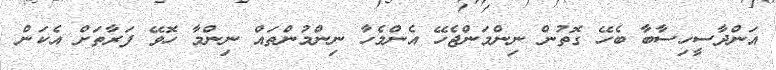
އަންދާސީހިސާބާ ބެހޭ ގޮތުން ނިންމަންޖެހޭ އެންމެހާ ނިންމުންތައް ނިންމާ ހޮވޭ ފަރާތަށް އެކަން